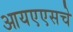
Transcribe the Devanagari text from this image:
आयएएसचे